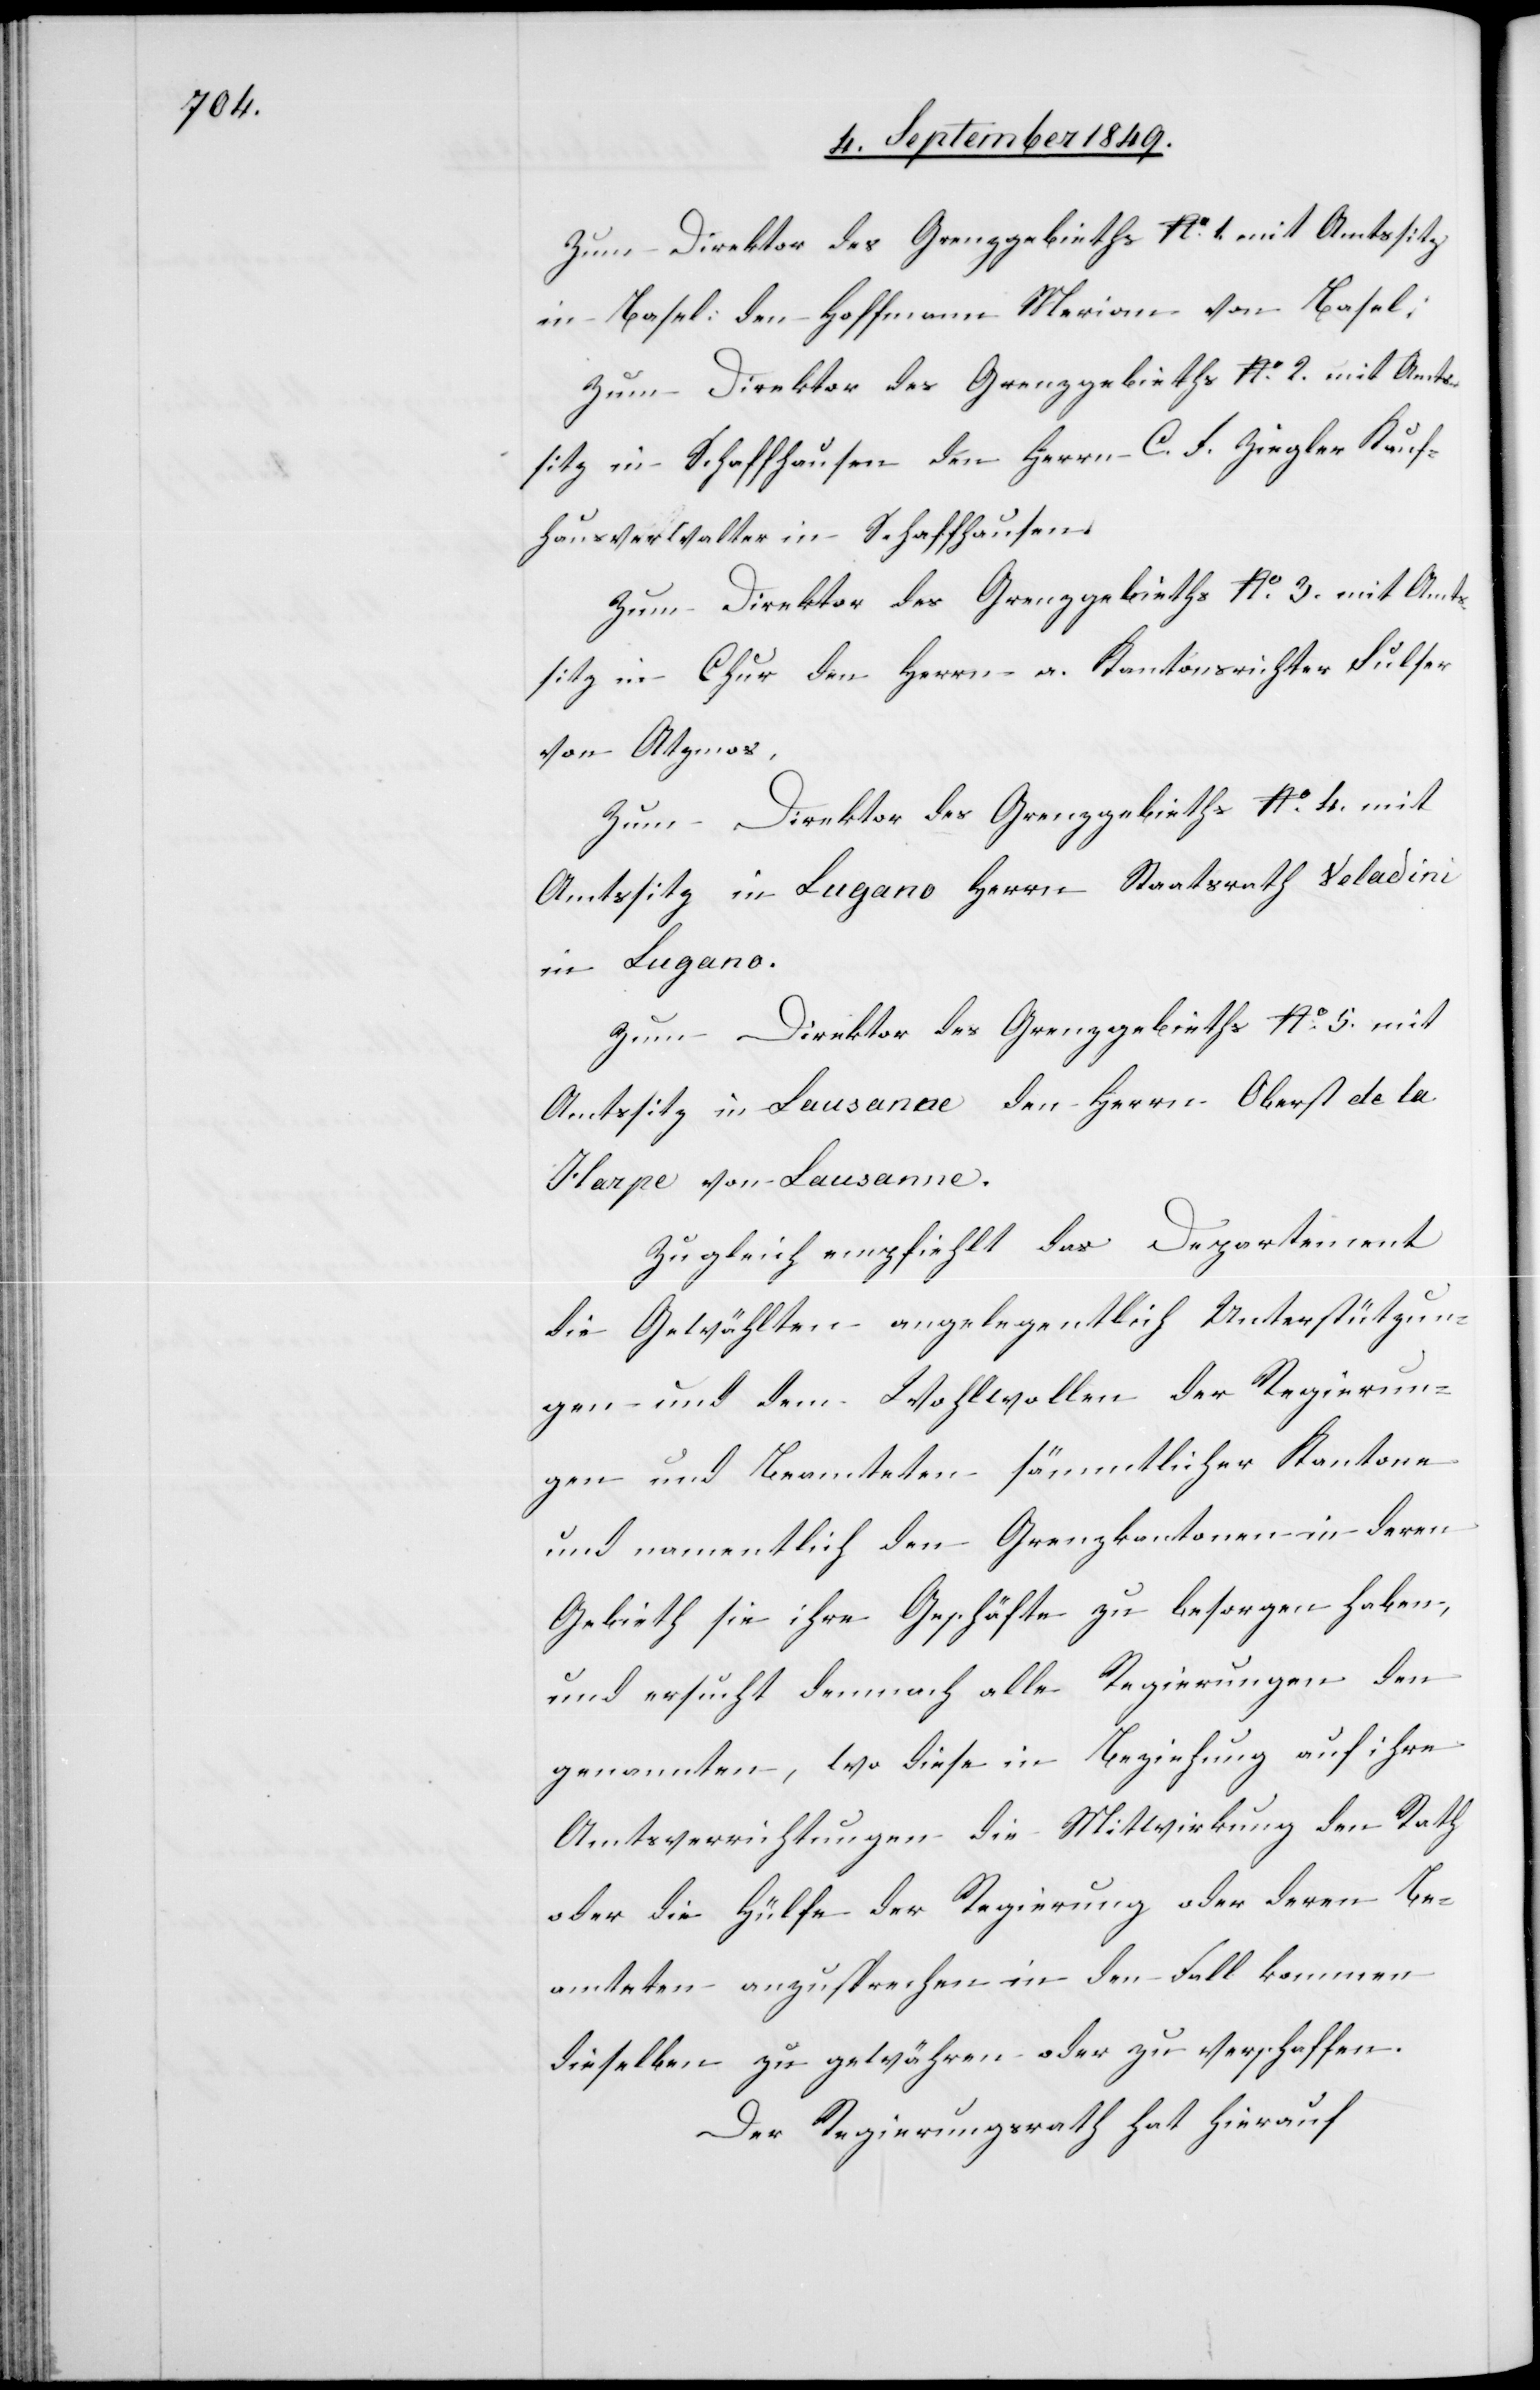
Zum Direktor des Grenzgebieths No. 1. mit Amtssitz
in Basel: den Hoffmann Merian von Basel:
Zum Direktor des Grenzgebieths No. 2 mit Amts¬
sitz in Schaffhausen den Herrn C. F. Ziegler Kauf¬
hausverwalter in Schaffhausen.
Zum Direktor des Grenzgebieths No. 3. mit Amts¬
sitz in Chur den Herrn a. Kantonsrichter Sulfer
von Atzmos.
Zum Direktor des Grenzgebieths No. 4. mit
Amtssitz in Lugano Herrn Staatsrath Veladini
in Lugano.
Zum Direktor des Grenzgebieths No. 5. mit
Amtssitz in Lausanne den Herrn Oberst de la
Harpe von Lausanne.
Zugleich empfiehlt das Departement
die Gewählten angelegentlich Unterstützun¬
gen und dem Wohlwollen der Regierun¬
gen und Beamteten sämmtlicher Kantone
und namentlich den Grenzkantonen in deren
Gebieth sie ihre Geschäfte zu besorgen haben,
und ersucht demnach alle Regierungen den
genannten, wo diese in Beziehung auf ihre
Amtsverrichtungen die Mitwirkung den Rath
oder die Hülfe der Regierung oder deren Be¬
amteten anzusprechen in den Fall kommen
dieselben zu gewähren oder zu verschaffen.
Der Regierungsrath hat hierauf